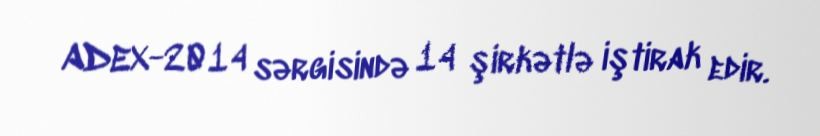
ADEX-2014 sərgisində 14 şirkətlə iştirak edir.